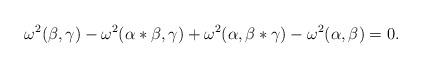
LaTeX: \begin{align*}\omega^2(\beta,\gamma)-\omega^2(\alpha\ast\beta,\gamma)+\omega^2(\alpha,\beta\ast\gamma)-\omega^2(\alpha,\beta)=0.\end{align*}